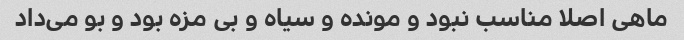
ماهی اصلا مناسب نبود و مونده و سیاه و بی مزه بود و بو می‌داد